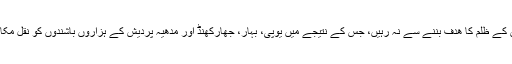
عورتیں بھی ان کے ظلم کا ھدف بننے سے نہ رہیں، جس کے نتیجے میں یوپی، بہار، جھارکھنڈ اور مدھیہ پردیش کے ہزاروں باشندوں کو نقل مکانی کرنی پڑی۔